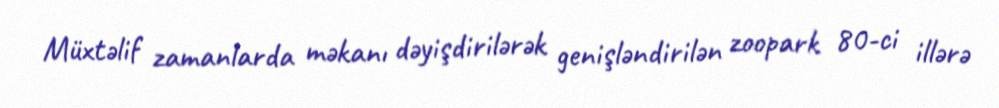
Müxtəlif zamanlarda məkanı dəyişdirilərək genişləndirilən zoopark 80-ci illərə